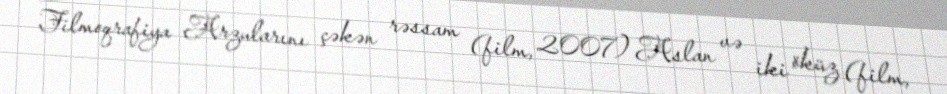
Filmoqrafiya Arzularını çəkən rəssam (film, 2007) Aslan və iki öküz (film,